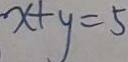
x + y = 5